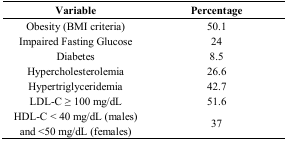
<table><thead><tr><td><b>Variable</b></td><td><b>Percentage</b></td></tr></thead><tbody><tr><td>Obesity (BMI criteria)</td><td>50.1</td></tr><tr><td>Impaired Fasting Glucose</td><td>24</td></tr><tr><td>Diabetes</td><td>8.5</td></tr><tr><td>Hypercholesterolemia</td><td>26.6</td></tr><tr><td>Hypertriglyceridemia</td><td>42.7</td></tr><tr><td>LDL-C ≥ 100 mg/dL</td><td>51.6</td></tr><tr><td>HDL-C &lt; 40 mg/dL (males) and &lt;50 mg/dL (females)</td><td>37</td></tr></tbody></table>